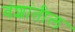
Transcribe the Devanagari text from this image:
वंशांतील